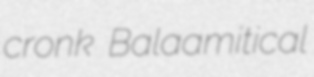
cronk Balaamitical